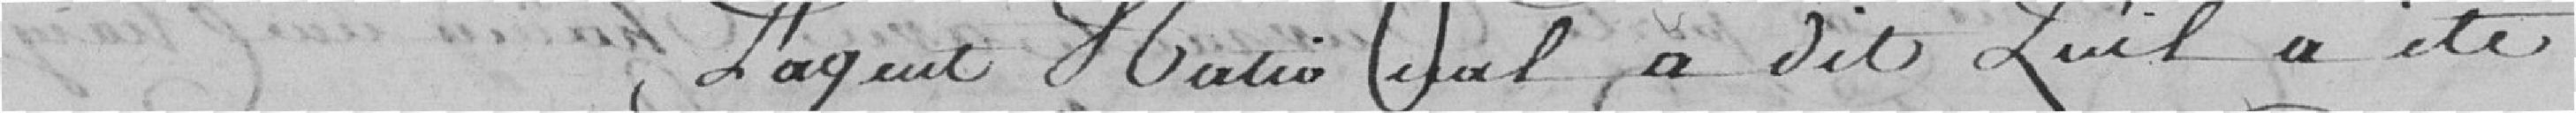
L'agent Hatio a dit qu'il a été